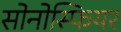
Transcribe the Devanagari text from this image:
सोनोस्फियर